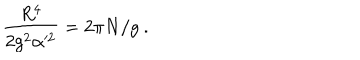
\frac { R ^ { 4 } } { 2 g ^ { 2 } \alpha ^ { 2 } } = 2 \pi N / g \ .